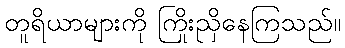
တူရိယာများကို ကြိုးညှိနေကြသည်။